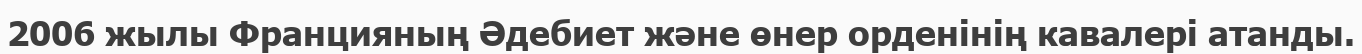
2006 жылы Францияның Әдебиет және өнер орденінің кавалері атанды.